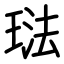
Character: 琺